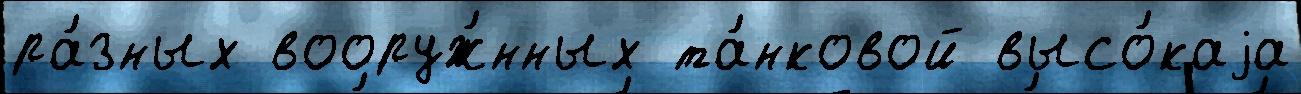
ра́зных вооруж́нных та́нковой высо́каjа